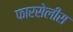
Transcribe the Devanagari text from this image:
फारसेलीस